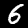
Label: 6